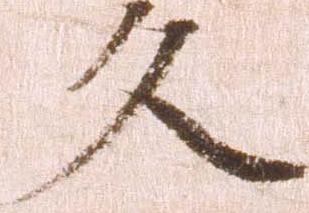
久